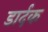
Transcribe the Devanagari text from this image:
डार्दक